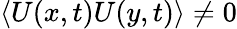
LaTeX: \langle U(x,t)U(y,t)\rangle\ne 0